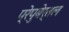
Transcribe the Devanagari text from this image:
प्रेपुबेर्तल